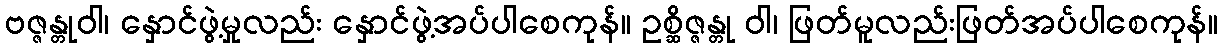
ဗဇ္ဇန္တုဝါ၊ နှောင်ဖွဲ့မှုလည်း နှောင်ဖွဲ့အပ်ပါစေကုန်။ ဥစ္ဆိဇ္ဇန္တု ဝါ၊ ဖြတ်မူလည်းဖြတ်အပ်ပါစေကုန်။